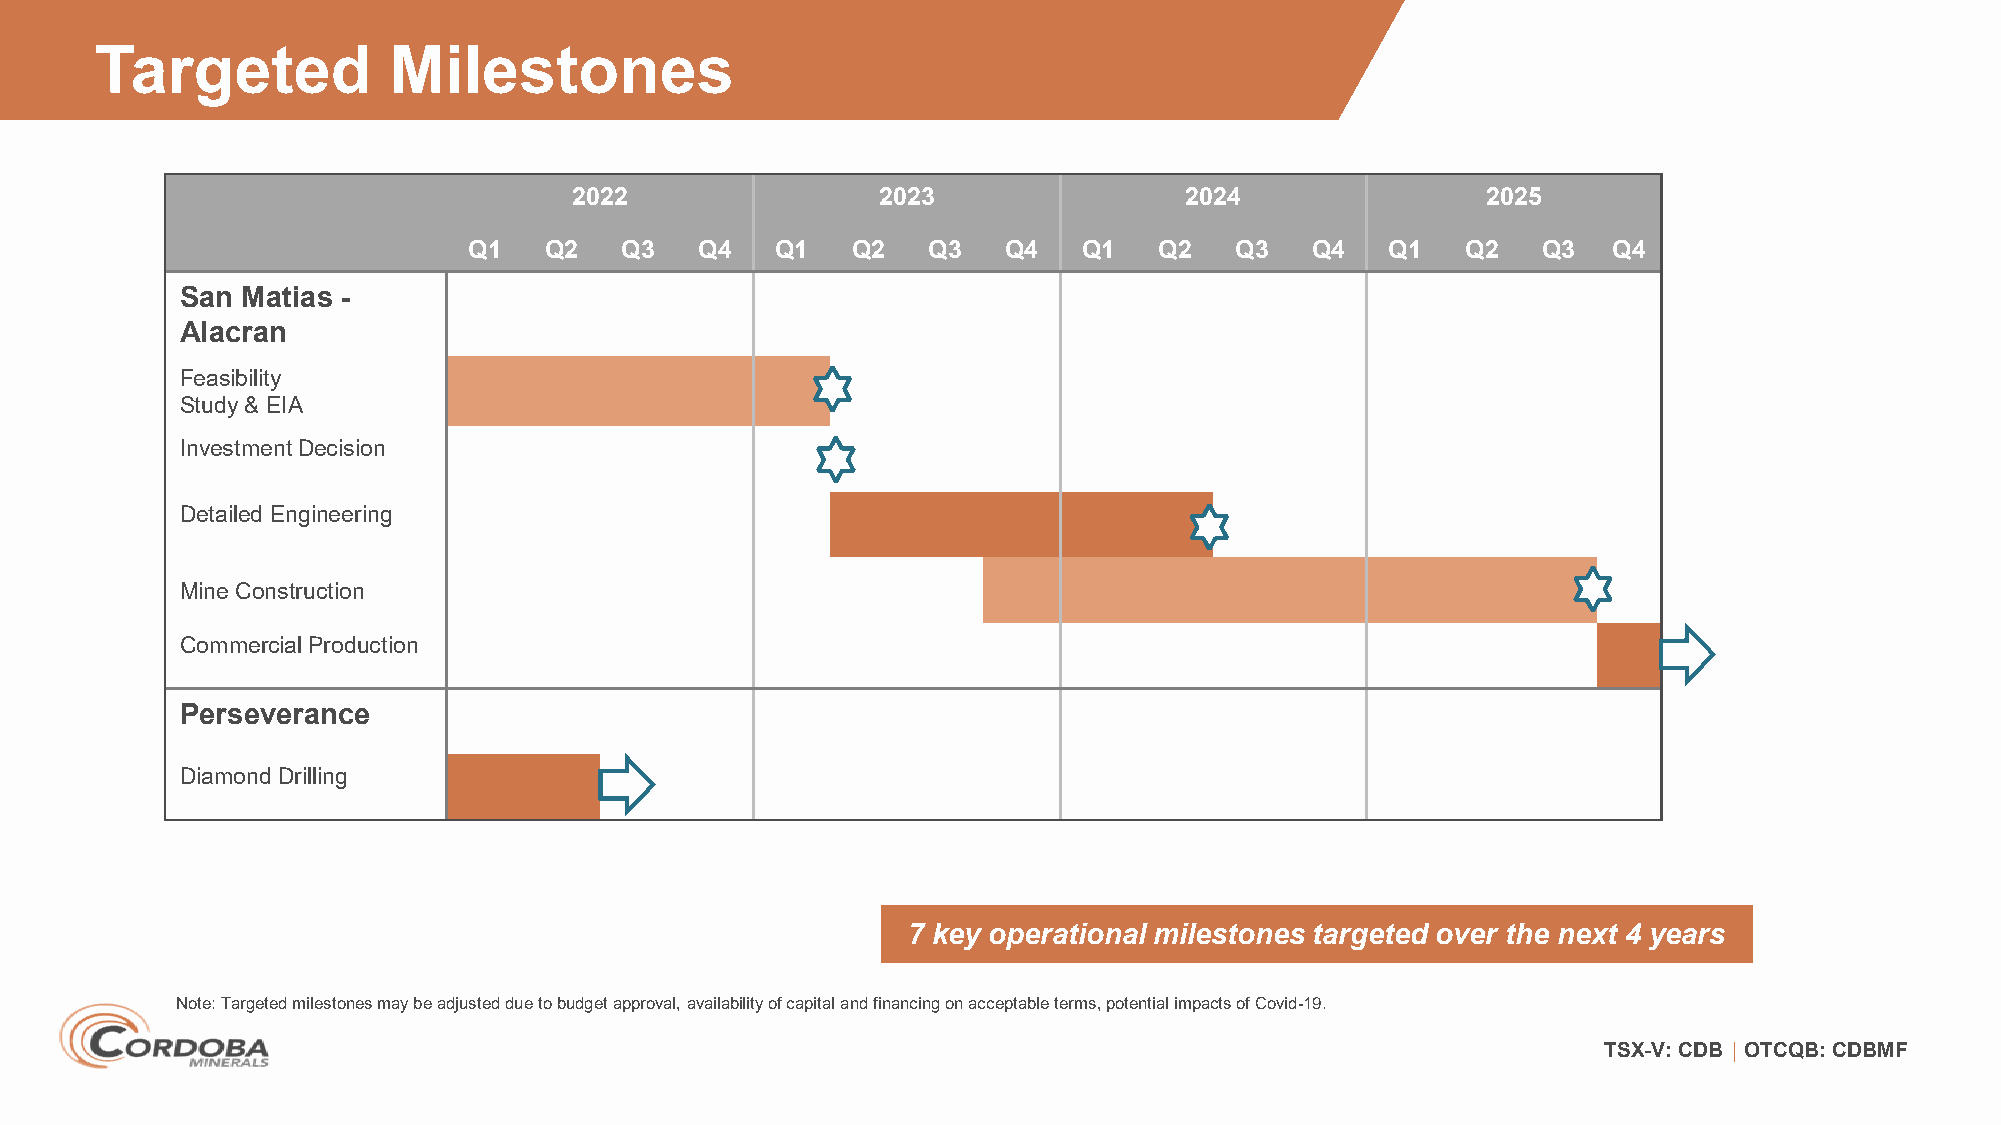
Targeted            Milestones
 2022                2023                2024                2025
 Q1   Q2   Q3   Q4   Q1   Q2   Q3    Q4   Q1   Q2   Q3   Q4   Q1   Q2   Q3   Q4
 San Matias -
 Alacran
 Feasibility
 Study & EIA
 InvestmentDecision
 Detailed Engineering
 Mine Construction
 Commercial Production
 Perseverance
 Diamond Drilling
 7 key operational milestones targeted over the next 4 years
 Note: Targeted milestones may be adjusted due to budget approval, availability of capital and financing on acceptable terms, potential impacts of Covid-19.
 TSX-V: CDB │ OTCQB: CDBMF